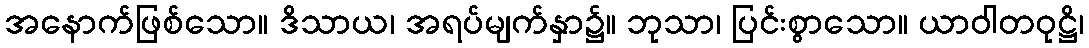
အနောက်ဖြစ်သော။ ဒိသာယ၊ အရပ်မျက်နှာ၌။ ဘုသာ၊ ပြင်းစွာသော။ ယာဝါတဝုဋ္ဌိ၊